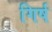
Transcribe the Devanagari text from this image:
गिर्ष